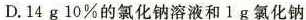
D.14g 10%的氯化钠溶液和1g氯化钠